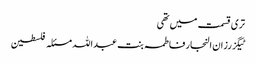
تری قسمت میں تھی
ٹیگزرزان النجار فاطمہ بنت عبداللہ مسئلہ فلسطین